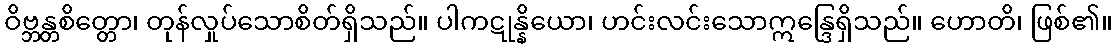
ဝိဗ္ဘန္တစိတ္တော၊ တုန်လှုပ်သောစိတ်ရှိသည်။ ပါကဋုန္နိယော၊ ဟင်းလင်းသောဣန္ဒြေရှိသည်။ ဟောတိ၊ ဖြစ်၏။